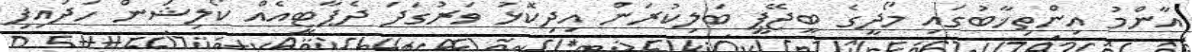
އާންމު އިންތިޚާބުގައި މޯދީގެ ބީޖޭޕީ ބަލިކުރަން އިދިކޮޅު ވަރުގަދަ ދެޕާޓީއެއް ކޯލިޝަން ހަދައިފި